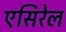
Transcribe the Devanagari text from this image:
एसिरेल